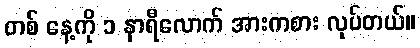
တစ် နေ့ကို ၁ နာရီလောက် အားကစား လုပ်တယ်။